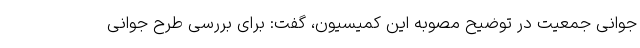
جوانی جمعیت در توضیح مصوبه این کمیسیون، گفت: برای بررسی طرح جوانی